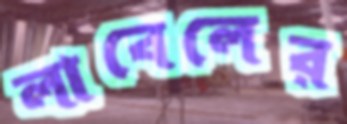
লাবেলের